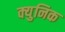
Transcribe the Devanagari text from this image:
क्युनिक